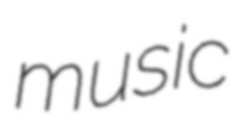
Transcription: music